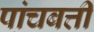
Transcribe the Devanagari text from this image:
पांचबत्ती